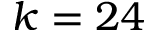
k = 2 4